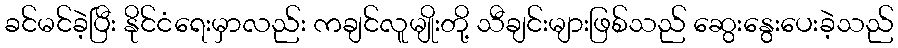
ခင်မင်ခဲ့ပြီး နိုင်ငံရေးမှာလည်း ကချင်လူမျိုးတို့ သီချင်းများဖြစ်သည် ဆွေးနွေးပေးခဲ့သည်